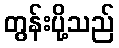
တွန်းပို့သည်